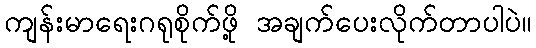
ကျန်းမာရေးဂရုစိုက်ဖို့ အချက်ပေးလိုက်တာပါပဲ။